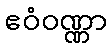
ဧဝံဝဏ္ဏာ